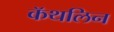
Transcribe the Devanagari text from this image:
कॅथलिन